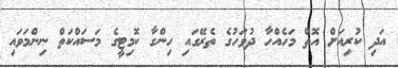
އަދި ކުރިއަށް އޮތް މަހެއްހާ ދުވަހުގެ ތެރޭގައި ހިންގާ ކޮމިޓީގެ މަސައްކަތް ނިންމަވައި